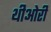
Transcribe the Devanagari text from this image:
थीओरी